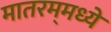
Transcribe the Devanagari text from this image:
मातरम्‌मध्ये